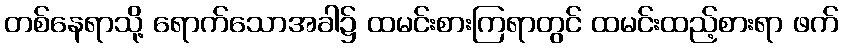
တစ်နေရာသို့ ရောက်သောအခါ၌ ထမင်းစားကြရာတွင် ထမင်းထည့်စားရာ ဖက်